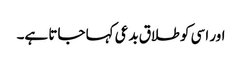
اور اسی کو طلاق بدعی کہا جاتا ہے۔